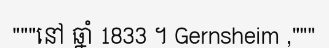
"""នៅ ឆ្នាំ 1833 ។ Gernsheim ,"""